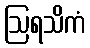
ဩရသိကံ